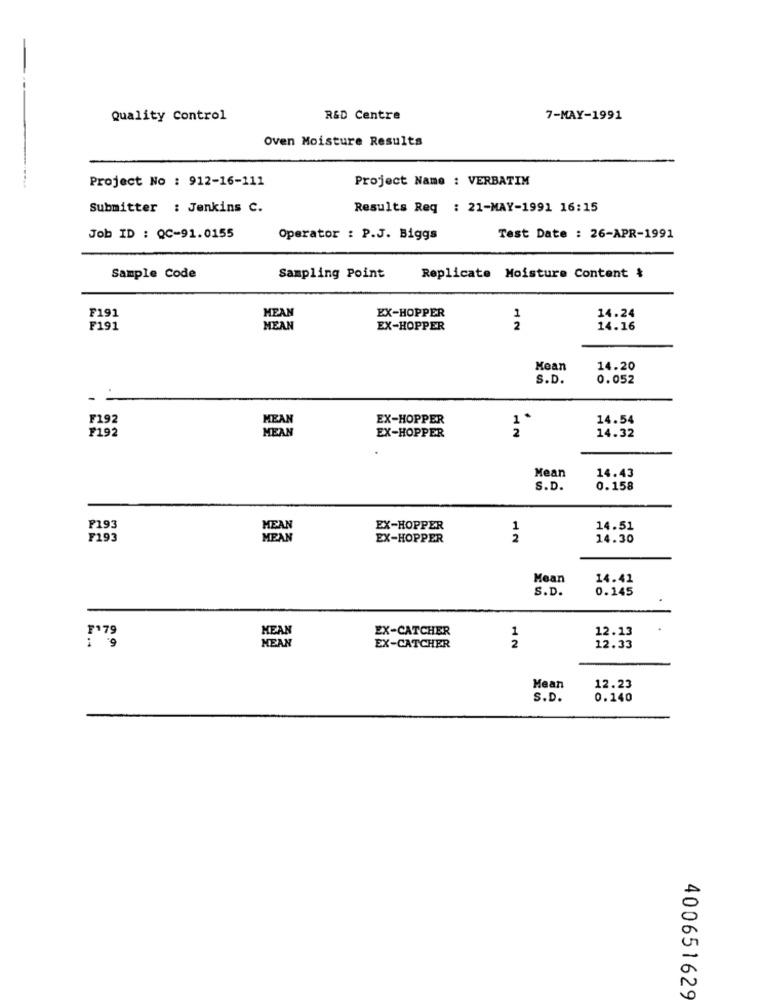
----
Quality Control
R&D Centre
7-MAY-1991
Oven Moisture Results
Project No : 912-16-111
Project Name : VERBATIM
Submitter : Jenkins C.
Results Req : 21-MAY-1991 16:15
Job ID : QC-91.0155
Operator : P.J. Biggs
Test Date : 26-APR-1991
Sample Code
Sampling Point
Replicate Moisture Content &
F191
MEAN
14.24
EX-HOPPER
1
F191
MEAN
EX-HOPPER
2
14.16
Mean
14.20
S.D.
0.052
F192
MEAN
EX-HOPPER
1
14.54
F192
MEAN
14.32
EX-HOPPER
Mean
14.43
S.D.
0.158
F193
MEAN
EX-HOPPER
1
14.51
F193
MEAN
EX-HOPPER
2
14.30
Mean
14.41
S.D.
0.145
MEAN
EX-CATCHER
12.13
1179
2
1
MEAN
EX-CATCHER
12.33
Mean
12.23
S.D.
0.140
400651629